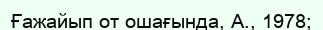
Ғажайып от ошағында, А., 1978;